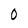
Character: 0